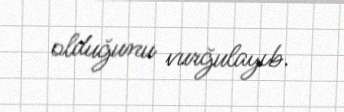
olduğunu vurğulayıb.